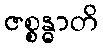
ဇစ္စန္ဓာတိ